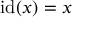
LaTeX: \operatorname { i d } ( x ) = x